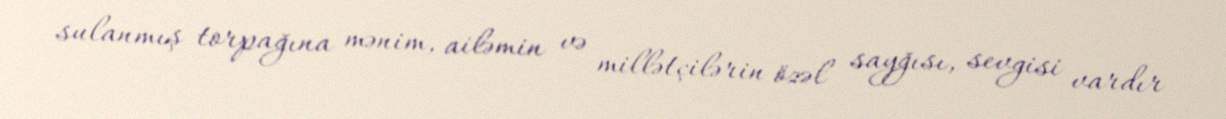
sulanmış torpağına mənim, ailəmin və millətçilərin özəl sayğısı, sevgisi vardır